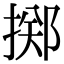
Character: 掷